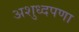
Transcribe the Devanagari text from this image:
अशुध्दपणा